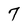
Character: 7